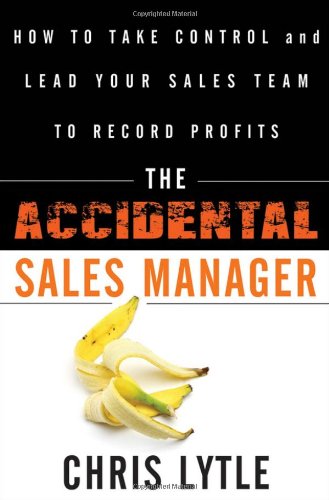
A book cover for The Accidental Sales Manager: How to Take Control and Lead Your Sales Team to Record Profits; Chris Lytle; Business & Money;